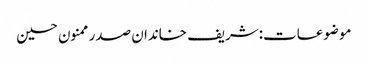
موضوعات:شریف خاندان صدر ممنون حسین